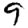
Digit: 9